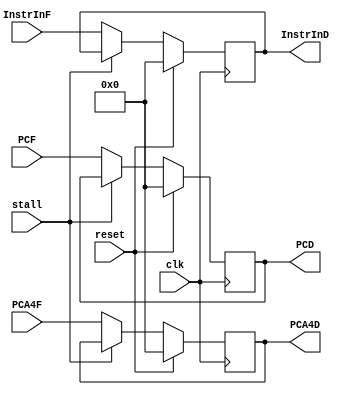
`timescale 1ns / 1ps
module PipeD (
    input  clk,
    input reset,
    input stall, 
    input [31:0] InstrInF,
    input [31:0] PCA4F,
    input [31:0] PCF,
    output reg [31:0] PCD,
    output reg [31:0] PCA4D,
    output reg [31:0] InstrInD
);
    initial begin
        PCD<=0;
        PCA4D<=0;
        InstrInD<=0;        
    end



    always @(posedge clk) begin
        if (reset) begin
            PCD<=0;
            PCA4D<=0;
            InstrInD<=0;
        end
        else if (!stall) begin
            PCD<=PCF;
            PCA4D<=PCA4F;
            InstrInD<=InstrInF;
        end
        else begin
            PCD<=PCD;
            PCA4D<=PCA4D;
            InstrInD<=InstrInD;
        end
    end

endmodule //PipeLineReg


module PipeE (
    input clk,
    input reset,
    input [31:0] PCD,
    input [31:0] InstrD,
    input RFWEInD,
    input DMWEInD,
    input [4:0] A3InD,
    input [31:0] IMM16EXTD,
    input [2:0] TnewEinD,
    input [2:0] RFWDMUXIND,
    input [2:0] ALUBMUXIND,
    input [3:0] ALUOPIND,
    input [1:0] EXTOPIND,
    input [2:0] DMOPIND,
    input [31:0] RsInD,
    input [31:0] RtInD,
    output reg [31:0] PCE,
    output reg [31:0] InstrE,
    output reg RFWEInE,
    output reg DMWEInE,
    output reg [4:0] A3InE,
    output reg [31:0] IMM16EXTE, 
    output reg [2:0] TnewE,
    output reg [2:0] RFWDMUXINE,
    output reg [2:0] ALUBMUXINE,
    output reg [3:0] ALUOPINE,
    output reg [1:0] EXTOPINE,
    output reg [2:0] DMOPINE,
    output reg [31:0] RsInE,
    output reg [31:0] RtInE 
);
    initial begin
        PCE<=0;
        InstrE<=0;
        RFWEInE<=0;
        DMWEInE<=0;
        A3InE<=0;
        IMM16EXTE<=0;
        TnewE<=0;
        RFWDMUXINE<=0;
        ALUBMUXINE<=0;
        ALUOPINE<=0;
        EXTOPINE<=0;
        DMOPINE<=0;
        RsInE<=0;
        RtInE<=0;        
    end
    always @(posedge clk) begin
        if (reset) begin
            PCE<=0;
            InstrE<=0;
            RFWEInE<=0;
            DMWEInE<=0;
            A3InE<=0;
            IMM16EXTE<=0;
            TnewE<=0;
            RFWDMUXINE<=0;
            ALUBMUXINE<=0;
            ALUOPINE<=0;
            EXTOPINE<=0;
            DMOPINE<=0;
            RsInE<=0;
            RtInE<=0;
        end
        else begin
            PCE<=PCD;
            InstrE<=InstrD;
            RFWEInE<=RFWEInD;
            DMWEInE<=DMWEInD;
            A3InE<=A3InD;
            IMM16EXTE<=IMM16EXTD;
            TnewE<=TnewEinD;
            RFWDMUXINE<=RFWDMUXIND;
            ALUBMUXINE<=ALUBMUXIND;
            ALUOPINE<=ALUOPIND;
            EXTOPINE<=EXTOPIND;
            DMOPINE<=DMOPIND;
            RsInE<=RsInD;
            RtInE<=RtInD;  
        end
    end
endmodule //PipeLineReg

module PipeM (
    input clk,
    input reset,
    input [31:0] PCE,
    input [31:0] InstrE,
    input RFWEInE,
    input DMWEInE,
    input [4:0] A3InE,
    input [2:0] TnewE,
    input [2:0] RFWDMUXINE,
    input [2:0] DMOPINE,
    input [31:0] RtFromE,
    input [31:0] ALUOUTINE, 
    output reg [31:0] PCM,
    output reg [31:0] InstrM,
    output reg RFWEInM,
    output reg DMWEInM,
    output reg [4:0] A3InM,
    output reg [2:0] TnewM,
    output reg [2:0] RFWDMUXINM,
    output reg [2:0] DMOPINM,
    output reg [31:0] RtInM,
    output reg [31:0] ALUOUTINM   
);
    initial begin
        PCM<=0;
        InstrM<=0;
        RFWEInM<=0;
        DMWEInM<=0;
        A3InM<=0;
        TnewM<=0;
        RFWDMUXINM<=0; 
        DMOPINM<=0;
        RtInM<=0;
        ALUOUTINM<=0;       
    end


    always @(posedge clk) begin
        if (reset) begin
            PCM<=0;
            InstrM<=0;
            RFWEInM<=0;
            DMWEInM<=0;
            A3InM<=0;
            TnewM<=0;
            RFWDMUXINM<=0;
            DMOPINM<=0;
            RtInM<=0;
            ALUOUTINM<=0;
        end
        else begin
            PCM<=PCE;
            InstrM<=InstrE;
            RFWEInM<=RFWEInE;
            DMWEInM<=DMWEInE;
            A3InM<=A3InE;
            TnewM<=(TnewE)?(TnewE-1):0;
            RFWDMUXINM<=RFWDMUXINE;
            DMOPINM<=DMOPINE;
            RtInM<=RtFromE;
            ALUOUTINM<=ALUOUTINE;
        end
    end
endmodule //PipeLineReg

module PipeW (
    input clk,
    input reset,
    input [31:0] PCM,
    input [31:0] InstrM,
    input RFWEInM,
    input [4:0] A3InM,
    input [2:0] RFWDMUXINM,
    input [31:0] ALUOUTINM,
    input [31:0] DMOUTM, 
    output reg [31:0] PCW,
    output reg [31:0] InstrW,
    output reg RFWEInW,
    output reg [4:0] A3InW,
    output reg [2:0] RFWDMUXINW,
    output reg [31:0] ALUOUTINW,
    output reg [31:0] DMOUTW  
);
    initial begin
        PCW<=0;
        InstrW<=0;
        RFWEInW<=0;
        A3InW<=0;
        RFWDMUXINW<=0;
        ALUOUTINW<=0;
        DMOUTW<=0;        
    end
    always @(posedge clk) begin
        if (reset) begin
            PCW<=0;
            InstrW<=0;
            RFWEInW<=0;
            A3InW<=0;
            RFWDMUXINW<=0;
            ALUOUTINW<=0;
            DMOUTW<=0;
        end
        else begin
            PCW<=PCM;
            InstrW<=InstrM;
            RFWEInW<=RFWEInM;
            A3InW<=A3InM;
            RFWDMUXINW<=RFWDMUXINM;
            ALUOUTINW<=ALUOUTINM;
            DMOUTW<=DMOUTM;
        end
    end
endmodule //PipeLineReg